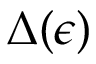
\Delta ( \epsilon )